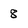
Character: 8